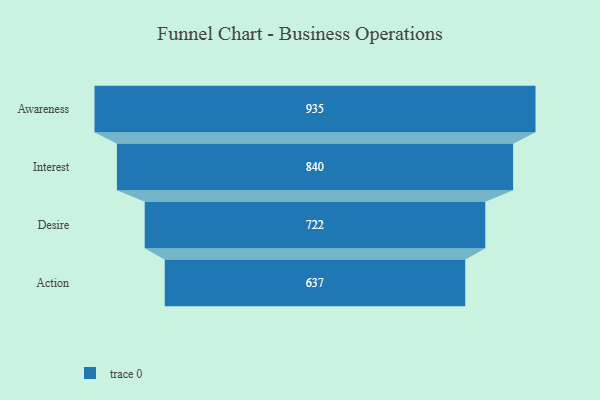
{"axis": {"x": "Stage", "y": "Value"}, "legend": [""], "data": [{"x": "Awareness", "y": 935.0, "type": ""}, {"x": "Interest", "y": 840.0, "type": ""}, {"x": "Desire", "y": 722.0, "type": ""}, {"x": "Action", "y": 637.0, "type": ""}]}